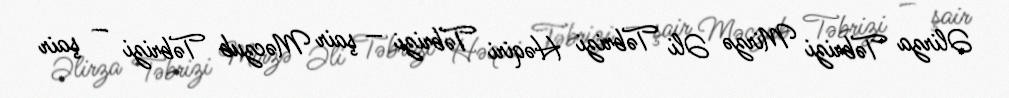
Əlirza Təbrizi Mirzə Əli Təbrizi Həqiri Təbrizi — şair Məczub Təbrizi — şair